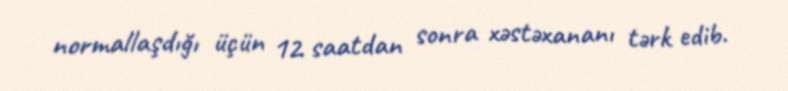
normallaşdığı üçün 12 saatdan sonra xəstəxananı tərk edib.